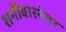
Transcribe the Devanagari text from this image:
शनीवारनंतर